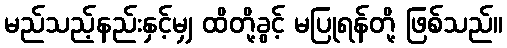
မည်သည့်နည်းနှင့်မျှ ထိတို့ခွင့် မပြုရန်တို့ ဖြစ်သည်။